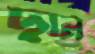
ছান